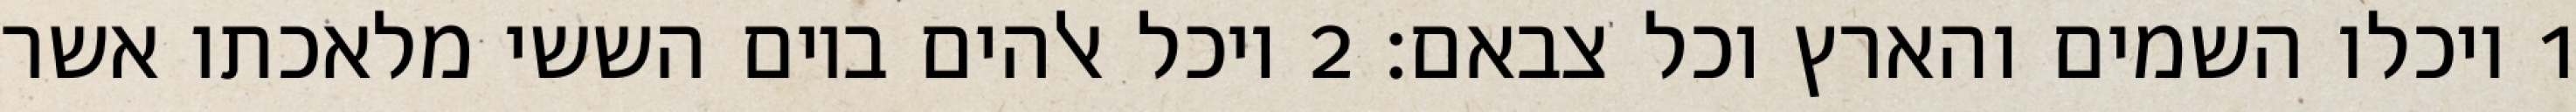
1 ויכלו השמים והארץ וכל צבאם׃ ‎2‏ ויכל אלהים ביום הששי מלאכתו אשר